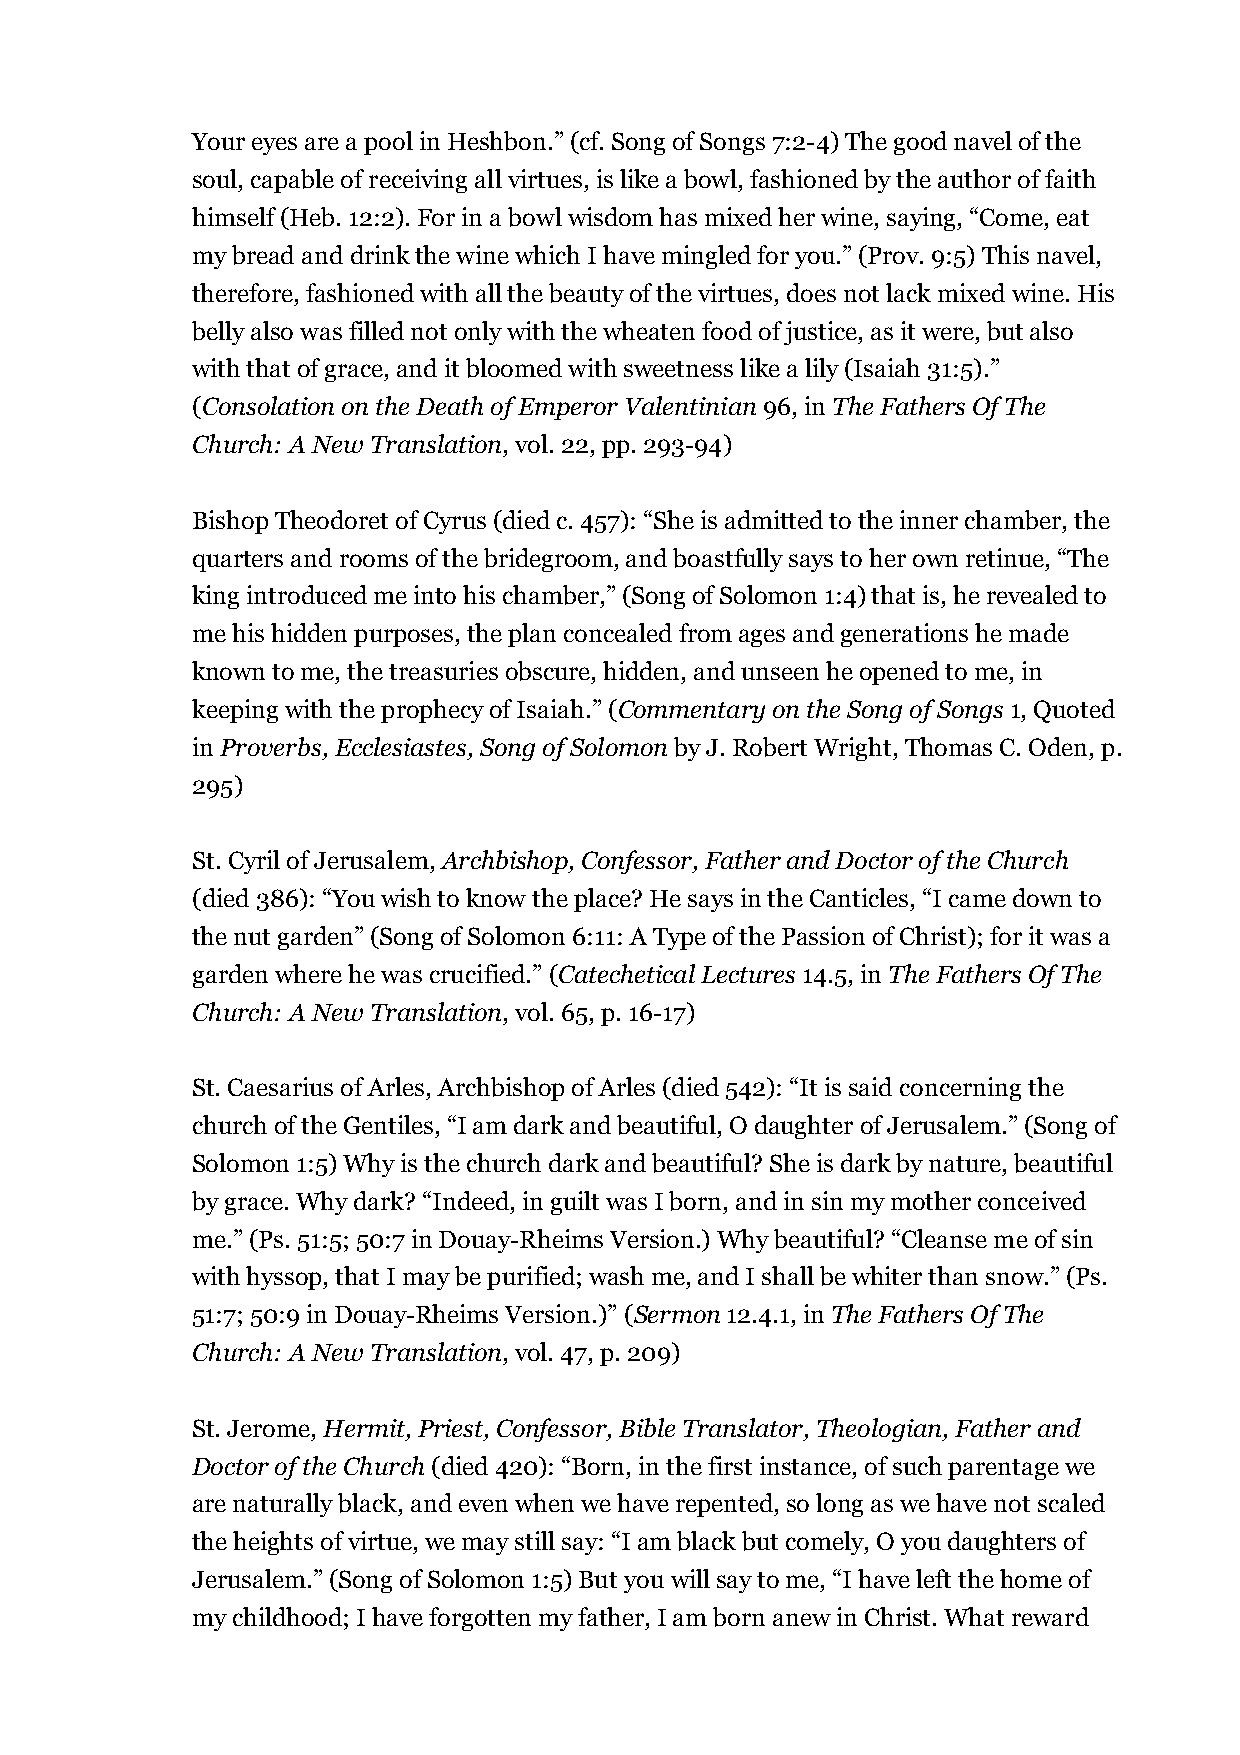
Your eyes are a pool in Heshbon.” (cf. Song of Songs 7:2-4) The good navel of the
 soul, capable of receiving all virtues, is like a bowl, fashioned by the author of faith
 himself (Heb. 12:2). For in a bowl wisdom has mixed her wine, saying, “Come, eat
 my bread and drink the wine which I have mingled for you.” (Prov. 9:5) This navel,
 therefore, fashioned with all the beauty of the virtues, does not lack mixed wine. His
 belly also was filled not only with the wheaten food of justice, as it were, but also
 with that of grace, and it bloomed with sweetness like a lily (Isaiah 31:5).”
 (Consolation on the Death of Emperor Valentinian 96, in The Fathers Of The
 Church: A New Translation, vol. 22, pp. 293-94)
 Bishop Theodoret of Cyrus (died c. 457): “She is admitted to the inner chamber, the
 quarters and rooms of the bridegroom, and boastfully says to her own retinue, “The
 king introduced me into his chamber,” (Song of Solomon 1:4) that is, he revealed to
 me his hidden purposes, the plan concealed from ages and generations he made
 known to me, the treasuries obscure, hidden, and unseen he opened to me, in
 keeping with the prophecy of Isaiah.” (Commentary on the Song of Songs 1, Quoted
 in Proverbs, Ecclesiastes, Song of Solomon by J. Robert Wright, Thomas C. Oden, p.
 295)
 St. Cyril of Jerusalem, Archbishop, Confessor, Father and Doctor of the Church
 (died 386): “You wish to know the place? He says in the Canticles, “I came down to
 the nut garden” (Song of Solomon 6:11: A Type of the Passion of Christ); for it was a
 garden where he was crucified.” (Catechetical Lectures 14.5, in The Fathers Of The
 Church: A New Translation, vol. 65, p. 16-17)
 St. Caesarius of Arles, Archbishop of Arles (died 542): “It is said concerning the
 church of the Gentiles, “I am dark and beautiful, O daughter of Jerusalem.” (Song of
 Solomon 1:5) Why is the church dark and beautiful? She is dark by nature, beautiful
 by grace. Why dark? “Indeed, in guilt was I born, and in sin my mother conceived
 me.” (Ps. 51:5; 50:7 in Douay-Rheims Version.) Why beautiful? “Cleanse me of sin
 with hyssop, that I may be purified; wash me, and I shall be whiter than snow.” (Ps.
 51:7; 50:9 in Douay-Rheims Version.)” (Sermon 12.4.1, in The Fathers Of The
 Church: A New Translation, vol. 47, p. 209)
 St. Jerome, Hermit, Priest, Confessor, Bible Translator, Theologian, Father and
 Doctor of the Church (died 420): “Born, in the first instance, of such parentage we
 are naturally black, and even when we have repented, so long as we have not scaled
 the heights of virtue, we may still say: “I am black but comely, O you daughters of
 Jerusalem.” (Song of Solomon 1:5) But you will say to me, “I have left the home of
 my childhood; I have forgotten my father, I am born anew in Christ. What reward